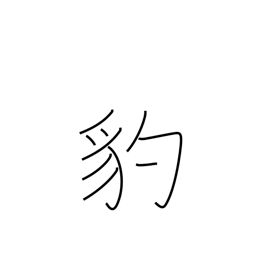
Meaning: leopard